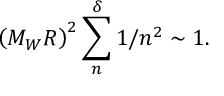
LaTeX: \left( M _ { W } R \right) ^ { 2 } \sum _ { n } ^ { \delta } 1 / n ^ { 2 } \sim 1 .